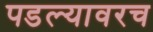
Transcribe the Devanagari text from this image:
पडल्यावरच